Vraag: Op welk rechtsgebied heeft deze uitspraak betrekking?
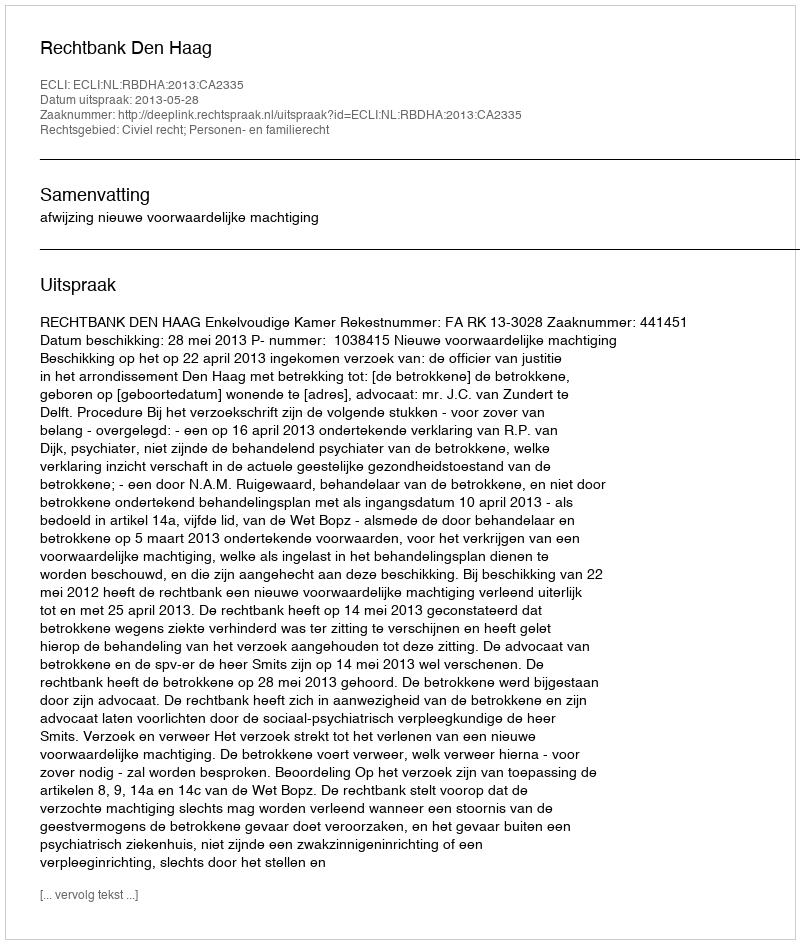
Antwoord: Civiel recht; Personen- en familierecht